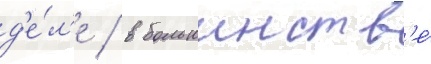
д'е́л'е / в большинств'е́